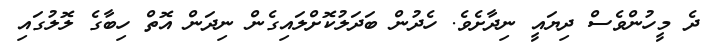
ދެ މީހުންވެސް ދިޔައީ ނިދާށެވެ. ހެދުން ބަދަލުކޮށްލައިގެން ނިދަން އޮތް ހިބާގެ ލޮލުގައި